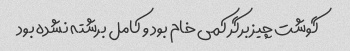
گوشت چیز برگر کمی خام بود و کامل برشته نشده بود